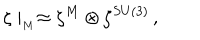
\zeta \mid _ { _ M } \approx \zeta ^ { M } \otimes \zeta ^ { S U ( 3 ) } \, ,